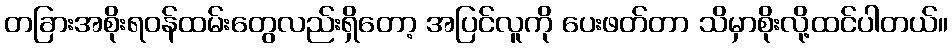
တခြားအစိုးရဝန်ထမ်းတွေလည်းရှိတော့ အပြင်လူကို ပေးဖတ်တာ သိမှာစိုးလို့ထင်ပါတယ်။